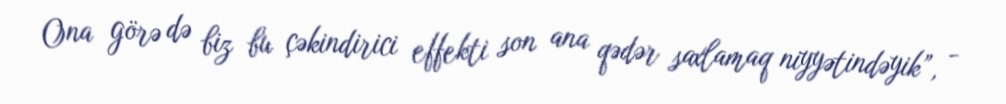
Ona görə də biz bu çəkindirici effekti son ana qədər saxlamaq niyyətindəyik”, -